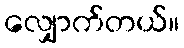
လျှောက်တယ်။